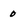
Character: 0